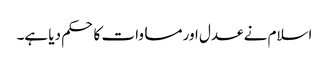
اسلام نے عدل اور مساوات کا حکم دیا ہے۔